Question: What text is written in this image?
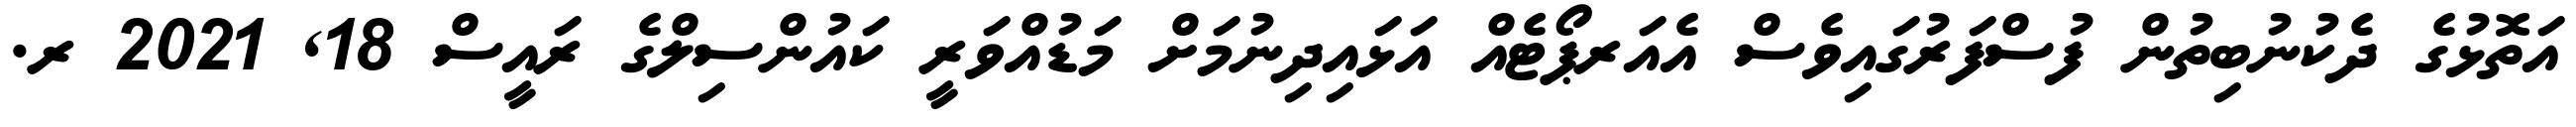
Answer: އަތޮޅުގެ ދެކުނުބިތުން ފުސްފަރުގައިވެސް އެއަރޕޯޓެއް އަޅައިދިނުމަށް މަޑުއްވަރީ ކައުންސިލްގެ ރައީސް 18, 2021 ރ.